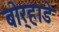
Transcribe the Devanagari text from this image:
बोर्‍हाडे